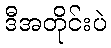
ဒီအတိုင်းပဲ